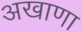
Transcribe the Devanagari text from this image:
अखाणा